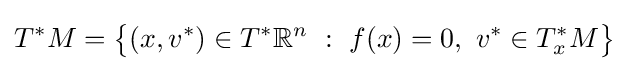
T^{*}M={\bigl \{}(x,v^{*})\in T^{*}\mathbb {R} ^{n}\ :\ f(x)=0,\ v^{*}\in T_{x}^{*}M{\bigr \}}